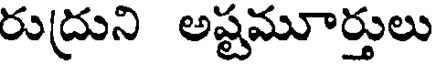
రుద్రుని అష్టమూర్తులు